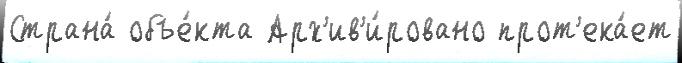
Страна́ объе́кта Арх'ив'и́ровано прот'ека́ет